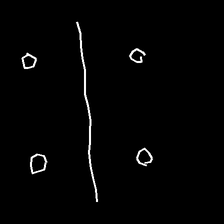
Glyph: cool